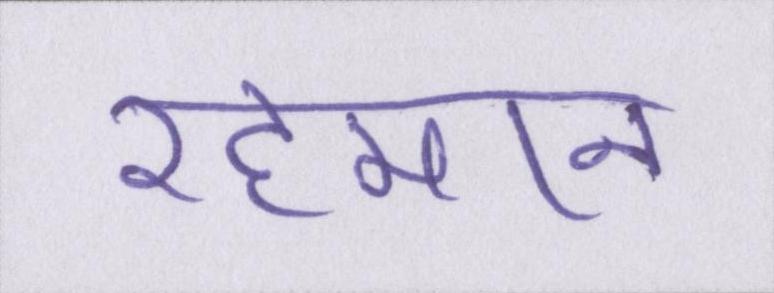
रहमान